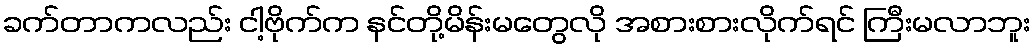
ခက်တာကလည်း ငါ့ဗိုက်က နင်တို့မိန်းမတွေလို အစားစားလိုက်ရင် ကြီးမလာဘူး